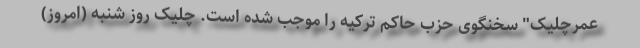
عمرچلیک" سخنگوی حزب حاکم ترکیه را موجب شده است. چلیک روز شنبه (امروز)